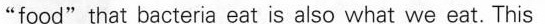
"food"that bacteria eat is also what we eat. This